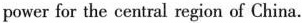
power for the central region of China.